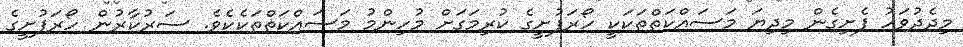
މިދެދުވަހު ފެށިގެން މިދިޔަ މަސައްކަތްތަކަކީ ހޯރަފުށީގެ ކުރިމަގަށް މުހިންމު މަސައްކަތްތަކެކެވެ. ސަރުކާރުން ހޯރަފުށީގެ